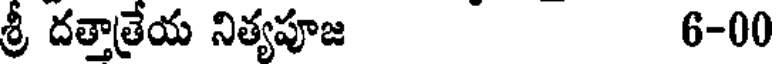
శ్రీ దత్తాత్రేయ నిత్యపూజ 6-00